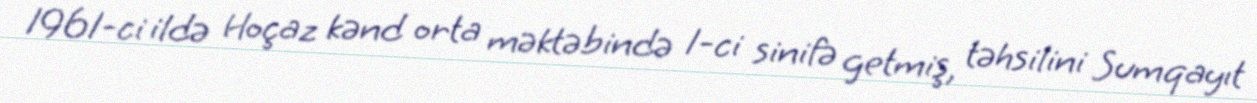
1961-ci ildə Hoçaz kənd orta məktəbində 1-ci sinifə getmiş, təhsilini Sumqayıt